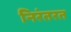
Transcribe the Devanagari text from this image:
निरंतरत